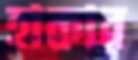
হাকার